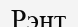
Рэнт